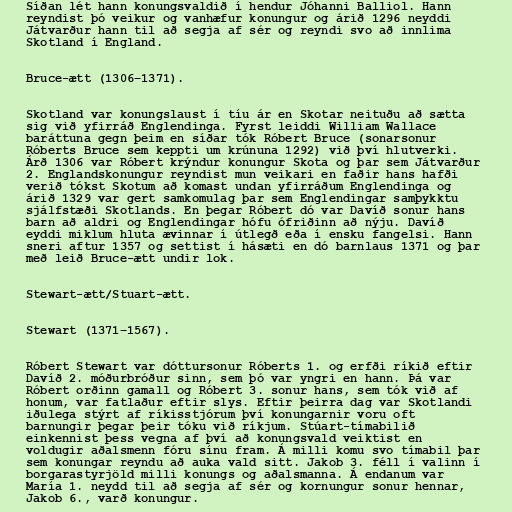
Síðan lét hann konungsvaldið í hendur Jóhanni Balliol. Hann
reyndist þó veikur og vanhæfur konungur og árið 1296 neyddi
Játvarður hann til að segja af sér og reyndi svo að innlima
Skotland í England.

Bruce-ætt (1306–1371).

Skotland var konungslaust í tíu ár en Skotar neituðu að sætta
sig við yfirráð Englendinga. Fyrst leiddi William Wallace
baráttuna gegn þeim en síðar tók Róbert Bruce (sonarsonur
Róberts Bruce sem keppti um krúnuna 1292) við því hlutverki.
Árð 1306 var Róbert krýndur konungur Skota og þar sem Játvarður
2. Englandskonungur reyndist mun veikari en faðir hans hafði
verið tókst Skotum að komast undan yfirráðum Englendinga og
árið 1329 var gert samkomulag þar sem Englendingar samþykktu
sjálfstæði Skotlands. En þegar Róbert dó var Davíð sonur hans
barn að aldri og Englendingar hófu ófriðinn að nýju. Davíð
eyddi miklum hluta ævinnar í útlegð eða í ensku fangelsi. Hann
sneri aftur 1357 og settist í hásæti en dó barnlaus 1371 og þar
með leið Bruce-ætt undir lok.

Stewart-ætt/Stuart-ætt.

Stewart (1371–1567).

Róbert Stewart var dóttursonur Róberts 1. og erfði ríkið eftir
Davíð 2. móðurbróður sinn, sem þó var yngri en hann. Þá var
Róbert orðinn gamall og Róbert 3. sonur hans, sem tók við af
honum, var fatlaður eftir slys. Eftir þeirra dag var Skotlandi
iðulega stýrt af ríkisstjórum því konungarnir voru oft
barnungir þegar þeir tóku við ríkjum. Stúart-tímabilið
einkennist þess vegna af því að konungsvald veiktist en
voldugir aðalsmenn fóru sínu fram. Á milli komu svo tímabil þar
sem konungar reyndu að auka vald sitt. Jakob 3. féll í valinn í
borgarastyrjöld milli konungs og aðalsmanna. Á endanum var
María 1. neydd til að segja af sér og kornungur sonur hennar,
Jakob 6., varð konungur.